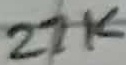
Text: 27K